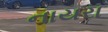
નાયરા